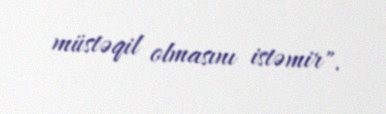
müstəqil olmasını istəmir".